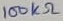
Text: 100kΩ